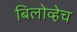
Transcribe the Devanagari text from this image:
बिलोव्हेच